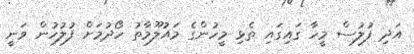
އަދި ފުލުސް މީހާ ގައިގައި ތެޅި މީހުންގެ މައުލޫމާތު ހޯދުމަށް ފުލުހުން ވަނީ